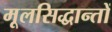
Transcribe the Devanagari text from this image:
मूलसिद्धान्‍तों